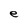
Character: e